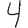
Digit: 4